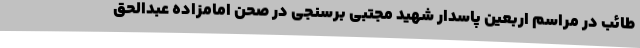
طائب ‌در مراسم اربعین پاسدار شهید مجتبی برسنجی در صحن امامزاده عبدالحق